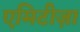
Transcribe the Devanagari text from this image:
एमिटीज़ा